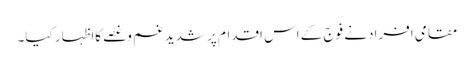
مقامی افرادنے فوج کے اس اقدام پر شدیدغم وغصے کااظہار کیا۔